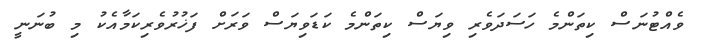
ވެއްޓުނަސް ކިތަންމެ ހަސަދަވެރި ވިޔަސް ކިތަންމެ ކަޑަވިޔަސް ވަރަށް ފަޚުރުވެރިކަމާއެކު މި ބުނަނީ